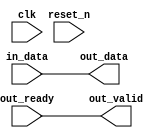
// --------------------------------------------------------------------------------
//| Avalon Streaming Timing Adapter
// --------------------------------------------------------------------------------
// altera message_level level1

`timescale 1ns / 100ps
module qsys_10g_eth_10g_design_example_0_eth_loopback_composed_line_splitter_timing_adapter (
    
      // Interface: clk
      input              clk,
      // Interface: reset
      input              reset_n,
      // Interface: in
      input      [71: 0] in_data,
      // Interface: out
      output reg [71: 0] out_data,
      input              out_ready,
      output reg         out_valid
);




   // ---------------------------------------------------------------------
   //| Signal Declarations
   // ---------------------------------------------------------------------

   reg  [71: 0] in_payload;
   reg  [71: 0] out_payload;
   reg  [ 0: 0] ready;
   reg          in_ready;
   // synthesis translate_off
   always @(negedge in_ready) begin
      $display("%m: The downstream component is backpressuring by deasserting ready, but the upstream component can't be backpressured.");
   end
   // synthesis translate_on   
   reg          in_valid;
   reg  [ 0: 0] valid_vector;


   // ---------------------------------------------------------------------
   //| Payload Mapping
   // ---------------------------------------------------------------------
   always @* begin
     in_payload = {in_data};
     {out_data} = out_payload;
   end

   // ---------------------------------------------------------------------
   //| Ready & valid signals.
   // ---------------------------------------------------------------------
   always @* begin
     ready[0] = out_ready;
     out_valid = in_valid;
     out_payload = in_payload;
     in_ready = ready[0];
   end



   // ---------------------------------------------------------------------
   //| Input Valid Generation
   // ---------------------------------------------------------------------
   always @* begin
      valid_vector[0] = in_ready;
      in_valid        = valid_vector[0];
   end


endmodule